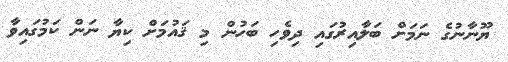
ޔޫނާނުގެ ނަމަށް ބަލާއިރުގައި ދިވެހި ބަހުން މި ޤައުމަށް ކިޔާ ނަން ކަމުގައިވާ